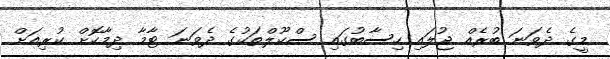
މީގެ ދެވަނަ ބުރެއް ޖުލައި ހިސާބުގައި ސްކޫލްތަކުގެ ދެވަނަ ޓާމާ ދިމާކޮށް ކުރިއަށް